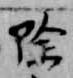
除